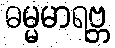
ဓမ္မမာရဗ္ဘ